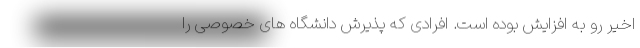
اخیر رو به افزایش بوده است. افرادی که پذیرش دانشگاه های خصوصی را